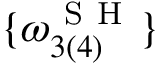
\{ \omega _ { 3 ( 4 ) } ^ { \mathrm { ~ S ~ H ~ } } \}